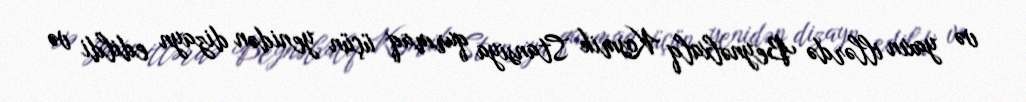
və yaxın illərdə Beynəlxalq Kosmik Stansiya qurmaq üçün yenidən dizayn edildi və